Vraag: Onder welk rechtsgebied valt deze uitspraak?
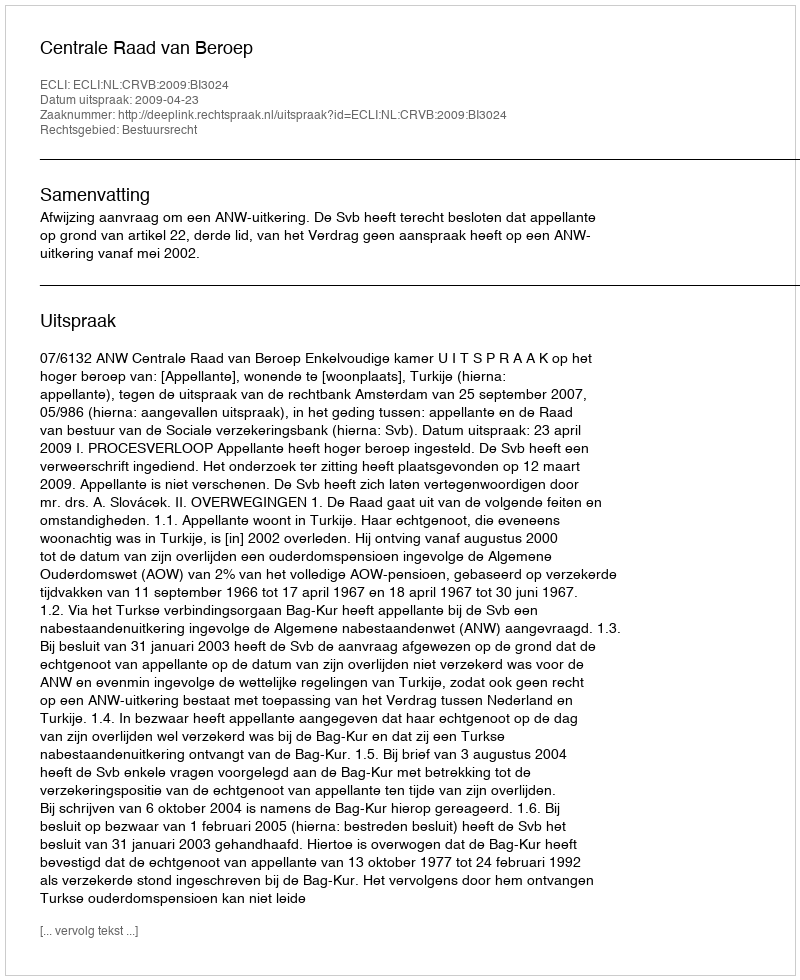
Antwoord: Bestuursrecht